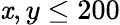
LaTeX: \mathit{x},y\leq200